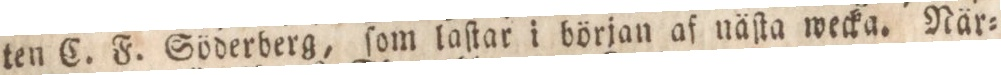
ten C. F. Söderberg, ſom laſtar i början af näſta wecka. När=